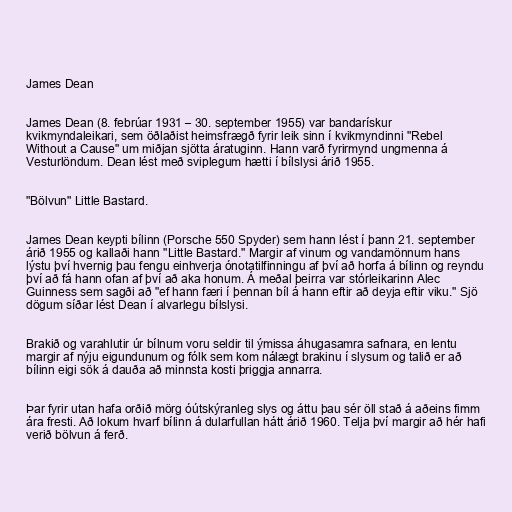
James Dean

James Dean (8. febrúar 1931 – 30. september 1955) var bandarískur
kvikmyndaleikari, sem öðlaðist heimsfrægð fyrir leik sinn í kvikmyndinni "Rebel
Without a Cause" um miðjan sjötta áratuginn. Hann varð fyrirmynd ungmenna á
Vesturlöndum. Dean lést með sviplegum hætti í bílslysi árið 1955.

"Bölvun" Little Bastard.

James Dean keypti bílinn (Porsche 550 Spyder) sem hann lést í þann 21. september
árið 1955 og kallaði hann "Little Bastard." Margir af vinum og vandamönnum hans
lýstu því hvernig þau fengu einhverja ónotatilfinningu af því að horfa á bílinn og reyndu
því að fá hann ofan af því að aka honum. Á meðal þeirra var stórleikarinn Alec
Guinness sem sagði að "ef hann færi í þennan bíl á hann eftir að deyja eftir viku." Sjö
dögum síðar lést Dean í alvarlegu bílslysi.

Brakið og varahlutir úr bílnum voru seldir til ýmissa áhugasamra safnara, en lentu
margir af nýju eigundunum og fólk sem kom nálægt brakinu í slysum og talið er að
bílinn eigi sök á dauða að minnsta kosti þriggja annarra.

Þar fyrir utan hafa orðið mörg óútskýranleg slys og áttu þau sér öll stað á aðeins fimm
ára fresti. Að lokum hvarf bílinn á dularfullan hátt árið 1960. Telja því margir að hér hafi
verið bölvun á ferð.